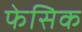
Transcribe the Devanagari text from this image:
फेसिक